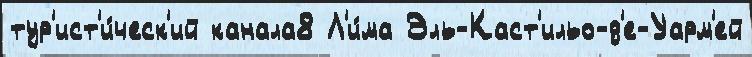
тур'ист'и́ческ'ий канала8 Л'и́ма Эль-Каст'ильо-д'е-Уарм'ей